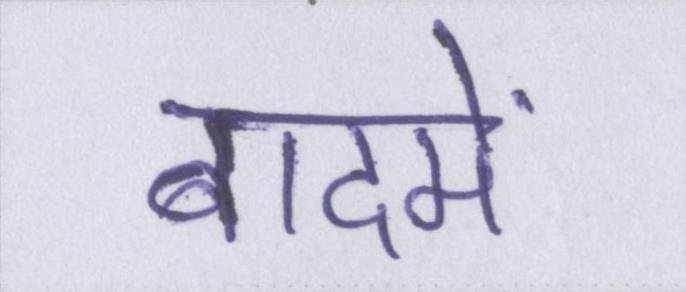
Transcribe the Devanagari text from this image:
बादमें